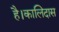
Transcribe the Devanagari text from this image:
है।कालिदास